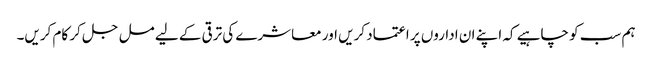
ہم سب کو چاہیے کہ اپنے ان اداروں پر اعتماد کریں اور معاشرے کی ترقی کے لیے مل جل کر کام کریں۔